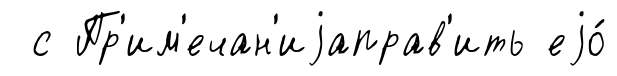
с Пр'им'ечан'иjаправ'ить еjо́